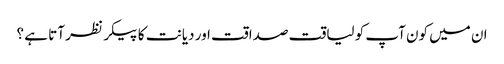
ان میں کون آپ کو لیاقت صداقت اور دیانت کا پیکر نظر آتا ہے ؟